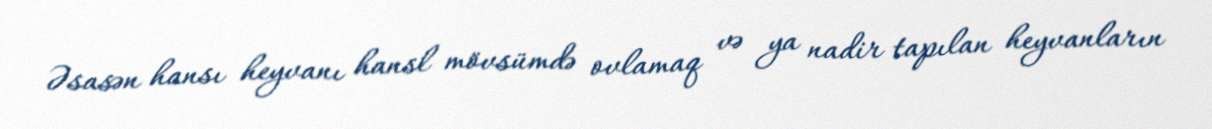
Əsasən hansı heyvanı hansl mövsümdə ovlamaq və ya nadir tapılan heyvanların